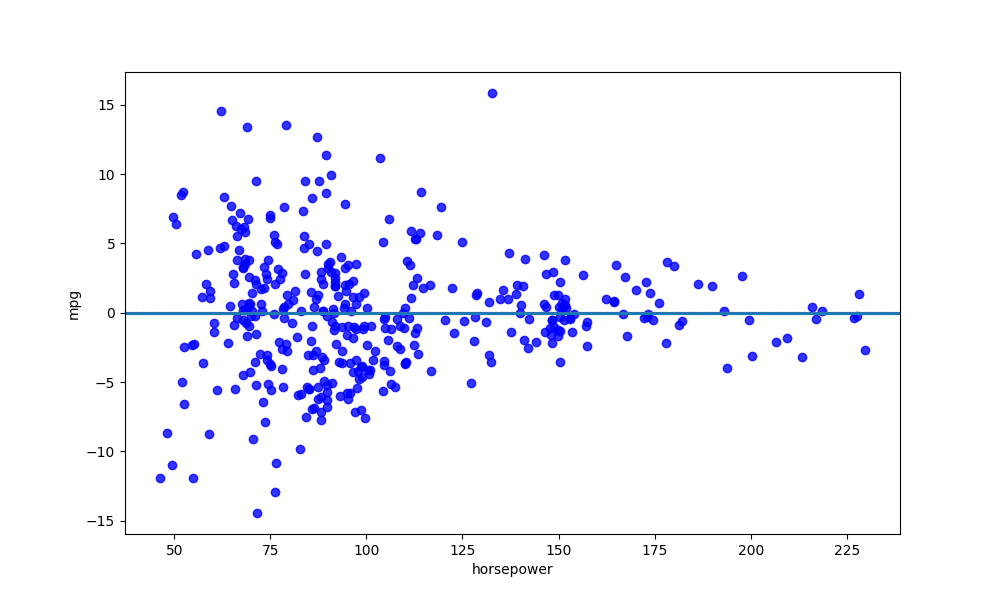
python, seaborn, residplot, lowess=True, scatter_color=blue